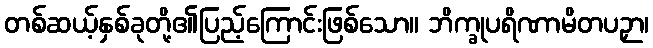
တစ်ဆယ့်နှစ်ခုတို့၏ပြည့်ကြောင်းဖြစ်သော။ ဘိက္ခုပရိဏာမိတပဉှာ၊